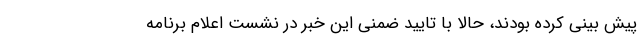
پیش بینی کرده بودند، حالا با تایید ضمنی این خبر در نشست اعلام برنامه